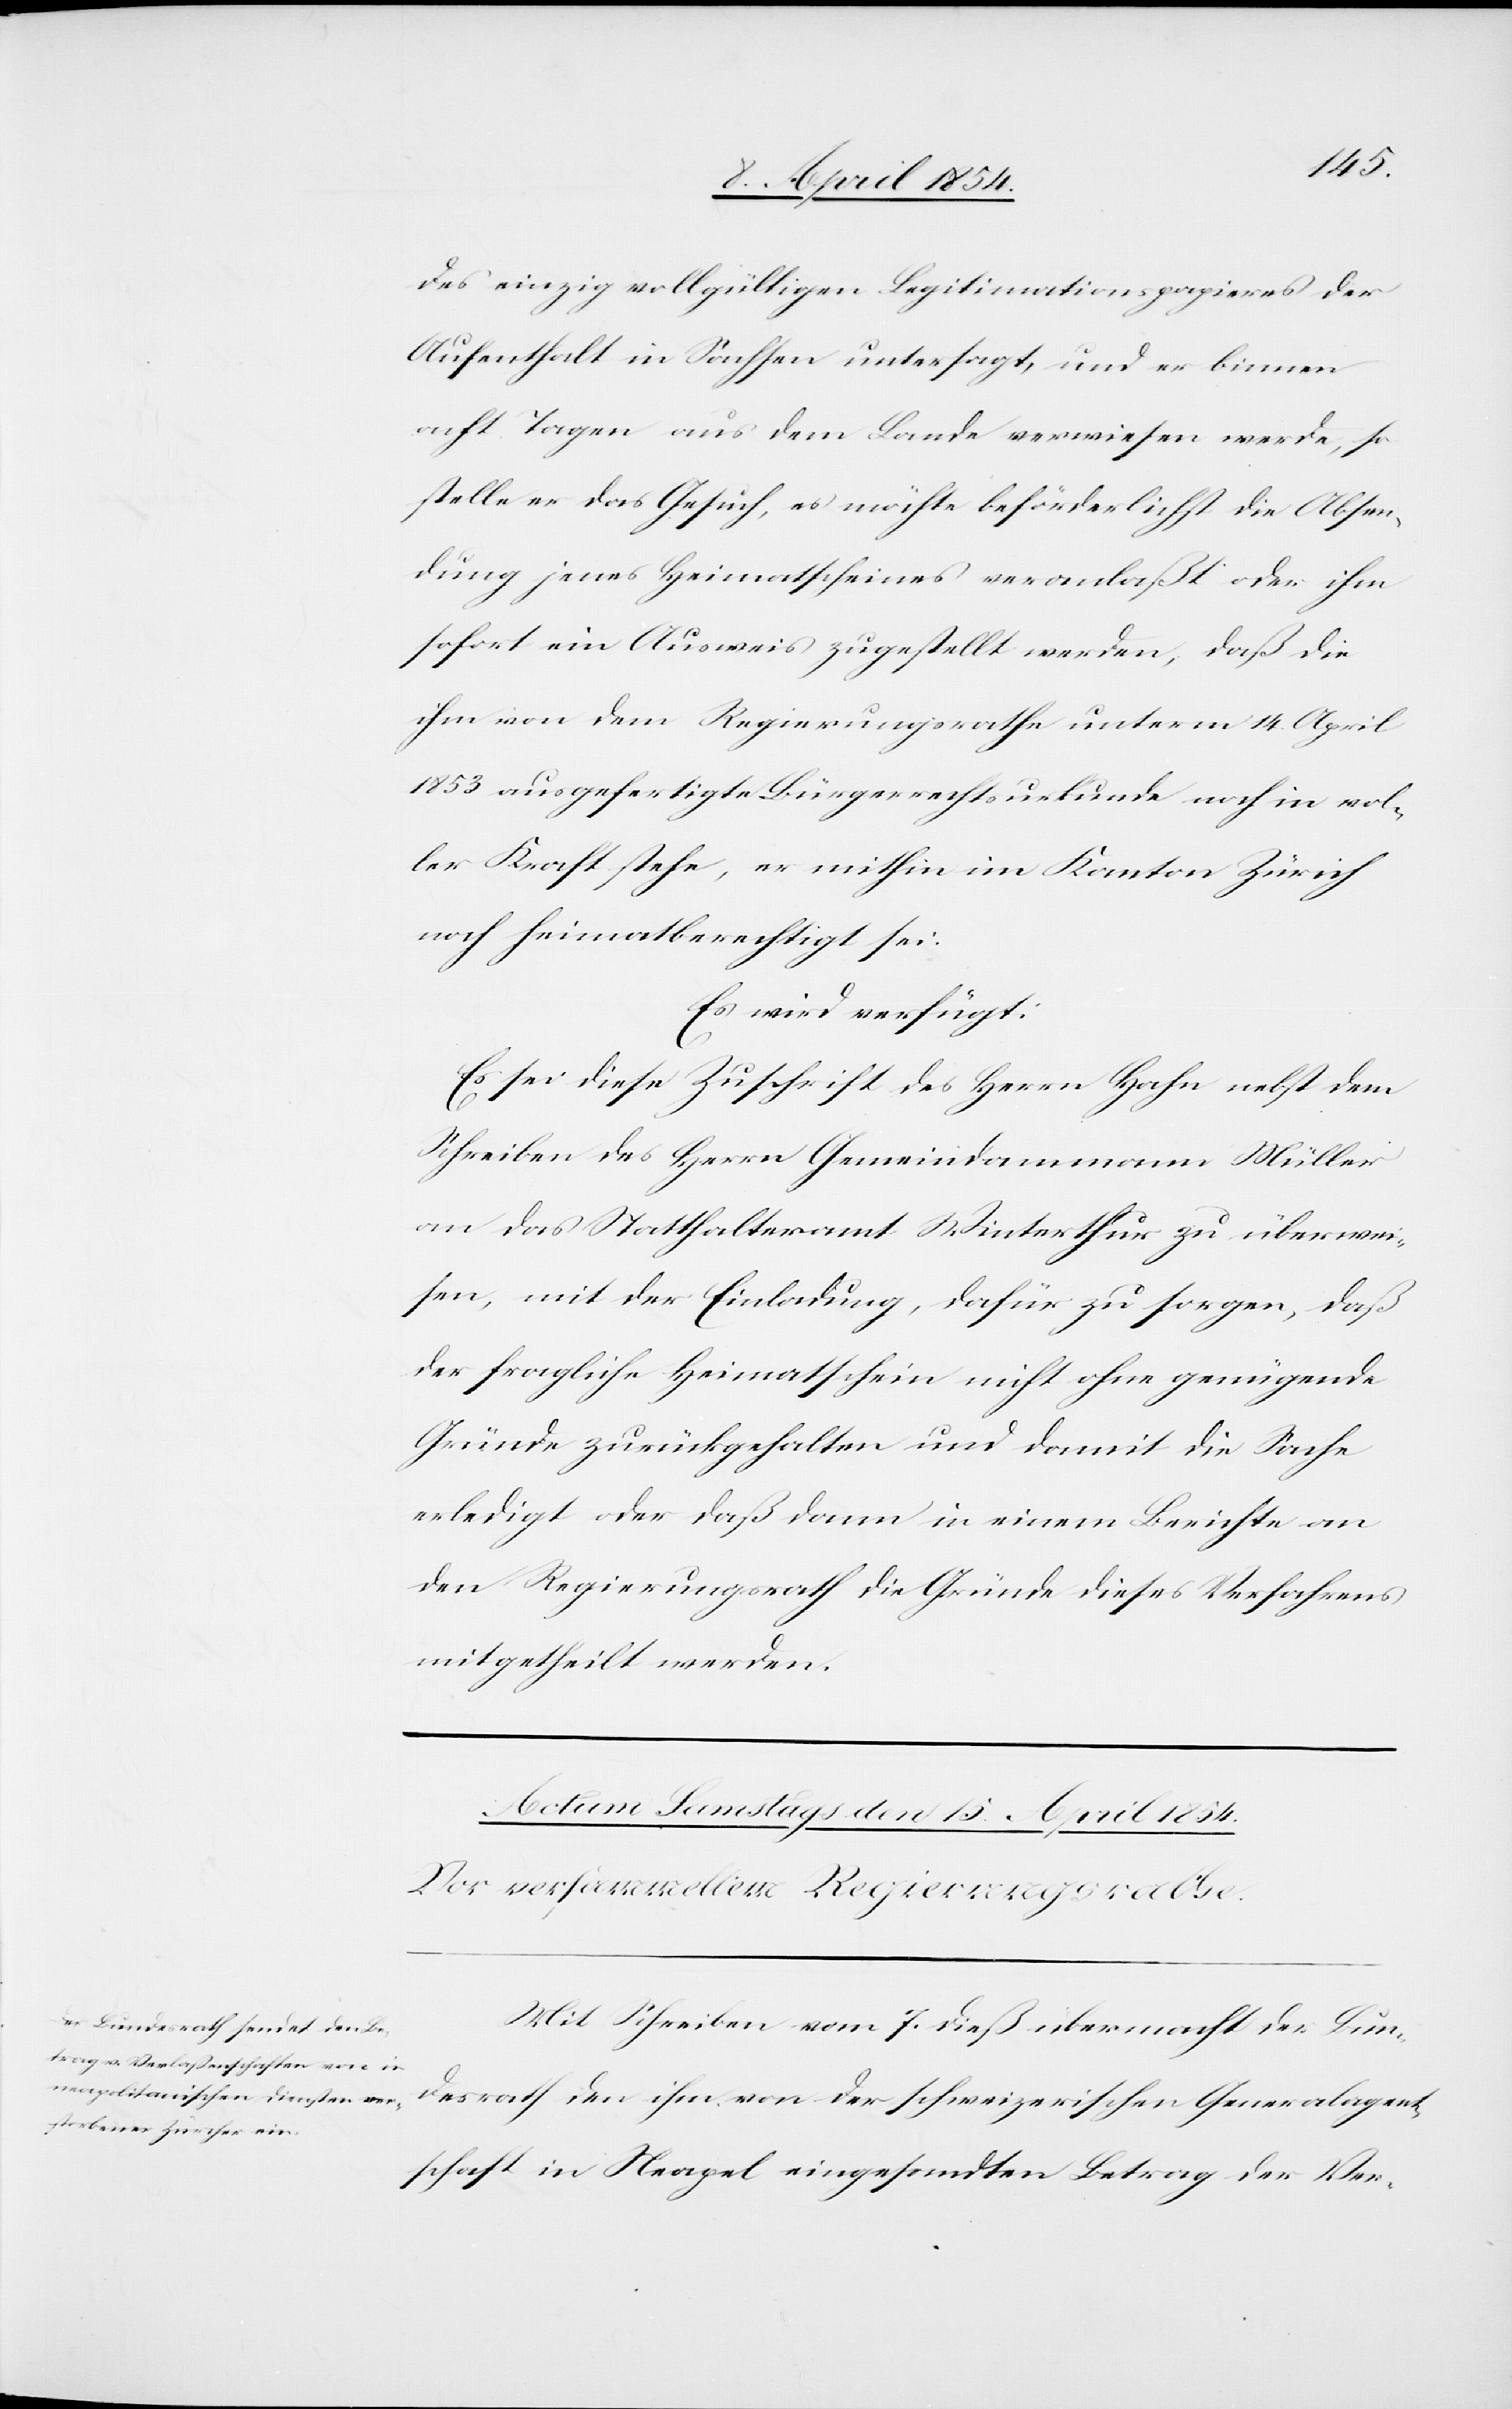
des einzig vollgültigen Legitimationspapieres der
Aufenthalt in Sachsen untersagt, und er binnen
acht Tagen aus dem Lande verwiesen werde, so
stelle er das Gesuch, es möchte beförderlichst die Absen¬
dung jenes Heimatscheines veranlaßt oder ihm
sofort ein Ausweis zugstellt werden, daß die
ihm von dem Regierungsrathe unterm 14. April
1853 ausgefertigte Bürgerrechtsurkunde noch in vol¬
ler Kraft stehe, er mithin im Kanton Zürich
noch heimatberechtigt sei.
Es wird verfügt:
Es sei diese Zuschrift des Herrn Hahn nebst dem
Schreiben des Herrn Gemeindammann Müller
an das Statthalteramt Winterthur zu überwei¬
sen, mit der Einladung, dafür zu sorgen, daß
der fragliche Heimatschein nicht ohne genügende
Gründe zurückgehalten und damit die Sache
erledigt oder daß dann in einem Berichte an
den Regierungsrath die Gründe dieses Verfahrens
mitgetheilt werden.
Mit Schreiben vom 7. dieß übermacht der Bun¬
desrath den ihm von der schweizerischen Generalagent¬
schaft in Neapel eingesandten Betrag der Ver-